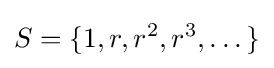
S=\{1,r,r^{2},r^{3},\dots \}